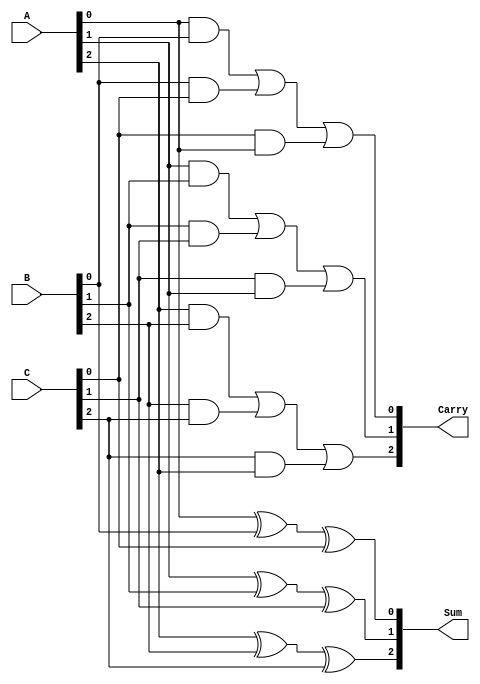
module CarrySaveAdder (
    input  [2:0] A,    // 3-bit input A
    input  [2:0] B,    // 3-bit input B
    input  [2:0] C,    // 3-bit input C
    output [2:0] Sum,   // 3-bit Sum output
    output [2:0] Carry  // 3-bit Carry output
);
    
    // Stage 1: Calculate the Sum and Carry for each bit position
    assign Sum[0] = A[0] ^ B[0] ^ C[0];
    assign Carry[0] = (A[0] & B[0]) | (B[0] & C[0]) | (C[0] & A[0]);
    
    assign Sum[1] = A[1] ^ B[1] ^ C[1];
    assign Carry[1] = (A[1] & B[1]) | (B[1] & C[1]) | (C[1] & A[1]);
    
    assign Sum[2] = A[2] ^ B[2] ^ C[2];
    assign Carry[2] = (A[2] & B[2]) | (B[2] & C[2]) | (C[2] & A[2]);

endmodule